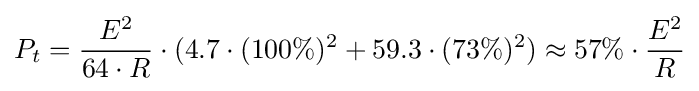
P_{t}={\frac {E^{2}}{64\cdot R}}\cdot (4.7\cdot (100\%)^{2}+59.3\cdot (73\%)^{2})\approx 57\%\cdot {\frac {E^{2}}{R}}\,\!